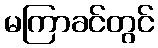
မကြာခင်တွင်